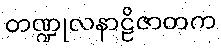
တဏ္ဍုလနာဠိဇာတက